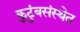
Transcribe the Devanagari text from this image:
कुटुंबसंस्थेत